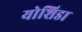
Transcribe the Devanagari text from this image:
योशिडा